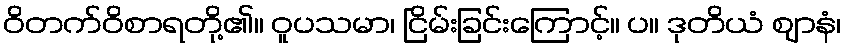
ဝိတက်ဝိစာရတို့၏။ ဝူပသမာ၊ ငြိမ်းခြင်းကြောင့်။ ပ။ ဒုတိယံ ဈာနံ၊